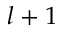
l + 1